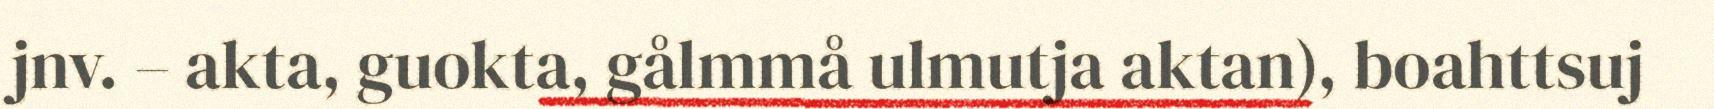
jnv. – akta, guokta, gålmmå ulmutja aktan), boahttsuj